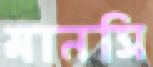
মানসি